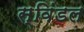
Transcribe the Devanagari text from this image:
स्विंडल